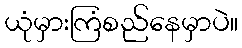
ယုံမှားကြံစည်နေမှာပဲ။